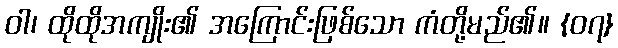
ဝါ၊ ထိုထိုအကျိုး၏ အကြောင်းဖြစ်သော ကံတို့မည်၏။ {၀၇}